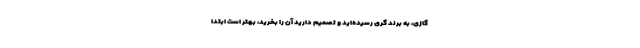
گازی، به برند گری رسیده‌اید و تصمیم دارید آن را بخرید، بهتر است ابتدا